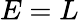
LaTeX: E=L